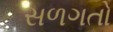
સળગતો